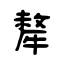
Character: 犛